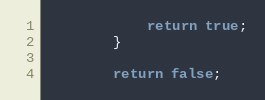
Language: Java
			return true;
		}

		return false;